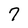
Character: 7